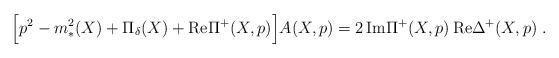
LaTeX: \begin{align*}\Bigr[ p^2 - m_*^2(X) + \Pi_{\delta}(X) + {\rm Re} \Pi^+(X,p) \Bigl] A(X,p) = 2 \, {\rm Im}\Pi^+(X,p) \, {\rm Re} \Delta^+(X,p) \;.\end{align*}